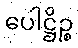
ပေါဋ္ဌိဉ္စ